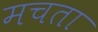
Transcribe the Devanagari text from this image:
मचता